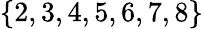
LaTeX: \{ 2,3,4,5,6,7,8\}